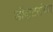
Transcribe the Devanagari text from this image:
डॉकटरांच्या